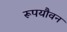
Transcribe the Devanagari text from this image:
रूपयौवन